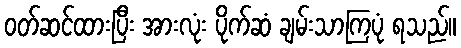
ဝတ်ဆင်ထားပြီး အားလုံး ပိုက်ဆံ ချမ်းသာကြပုံ ရသည်။